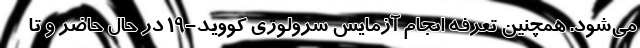
می‌شود. همچنین تعرفه انجام آزمایش سرولوژی کووید-۱۹ در حال حاضر و تا